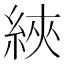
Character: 綊